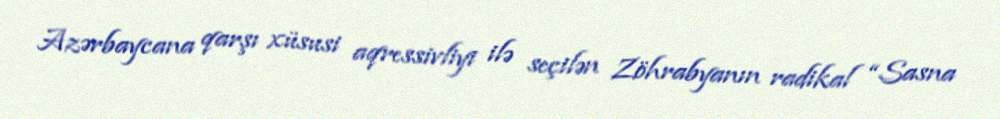
Azərbaycana qarşı xüsusi aqressivliyi ilə seçilən Zöhrabyanın radikal “Sasna